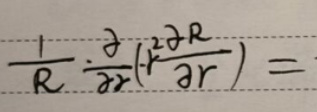
\[
\frac{1}{R}\cdot\frac{\partial}{\partial r}\left(r^{2}\frac{\partial R}{\partial r}\right)=
\]